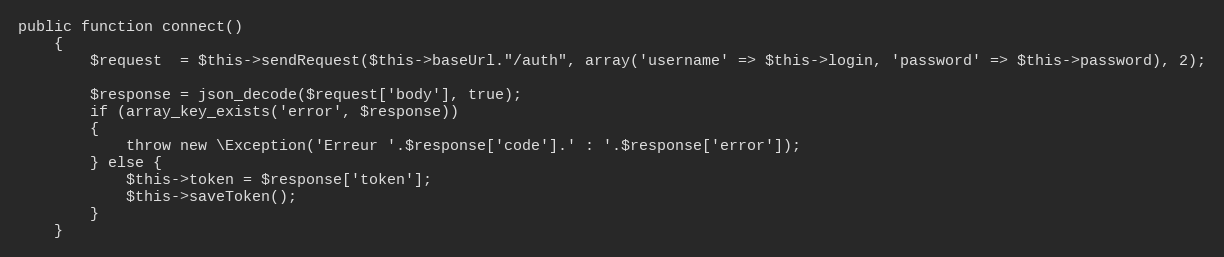
Language: PHP
public function connect()
	{
		$request  = $this->sendRequest($this->baseUrl."/auth", array('username' => $this->login, 'password' => $this->password), 2);

		$response = json_decode($request['body'], true);
		if (array_key_exists('error', $response))
		{
			throw new \Exception('Erreur '.$response['code'].' : '.$response['error']);
		} else {
			$this->token = $response['token'];
			$this->saveToken();
		}
	}